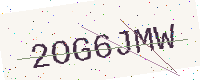
Text: 2OG6JMW